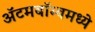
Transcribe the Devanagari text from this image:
अॅटमबॉम्बमध्ये